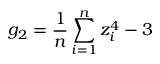
g _ { 2 } = { \frac { 1 } { n } } \sum _ { i = 1 } ^ { n } z _ { i } ^ { 4 } - 3